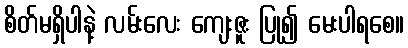
စိတ်မရှိပါနဲ့ လမ်းလေး ကျေးဇူး ပြု၍ မေးပါရစေ။